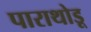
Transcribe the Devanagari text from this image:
पाराथोडू